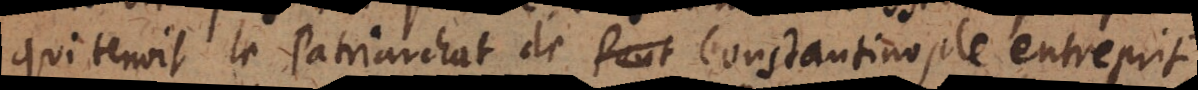
qui tenoit le Patriarchat de Constantinople entreprit